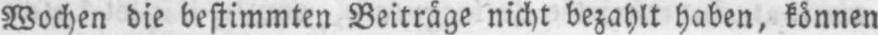
Wochen die bestimmten Beiträge nicht bezahlt haben, können